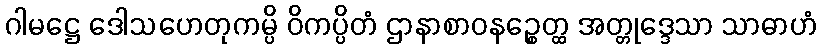
ဂါမဋ္ဌေ ဒေါသဟေတုကမ္ပိ ဝိကပ္ပိတံ ဌာနာစာဝနဉ္စေတ္ထ အတ္တုဒ္ဒေသာ သာဓာဟံ